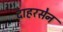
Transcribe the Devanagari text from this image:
दाहरसेन